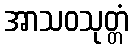
အာသဝသုတ္တံ